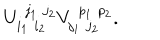
U _ { i _ { 1 } \, \, i _ { 2 } } ^ { \, \, j _ { 1 } \, \, j _ { 2 } } V _ { j _ { 1 } \, \, j _ { 2 } } ^ { \, \, p _ { 1 } \, \, p _ { 2 } } .